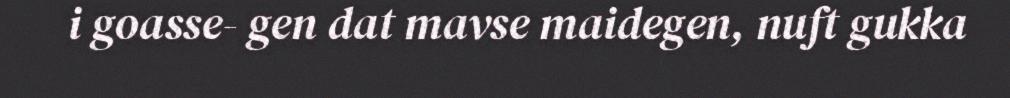
i goasse- gen dat mavse maidegen, nuft gukka